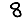
Digit: 8